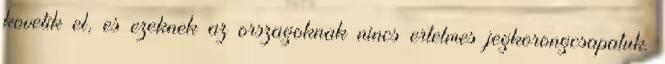
kovetik el, es ezeknek az orszagoknak nincs ertelmes jegkorongcsapatuk.